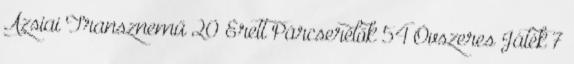
Ázsiai Transznemű 20 Érett Párcserélők 54 Óvszeres Játék 7